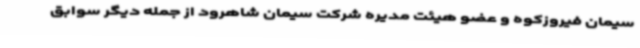
سیمان فیروزکوه و عضو هیئت مدیره شرکت سیمان شاهرود از جمله دیگر سوابق